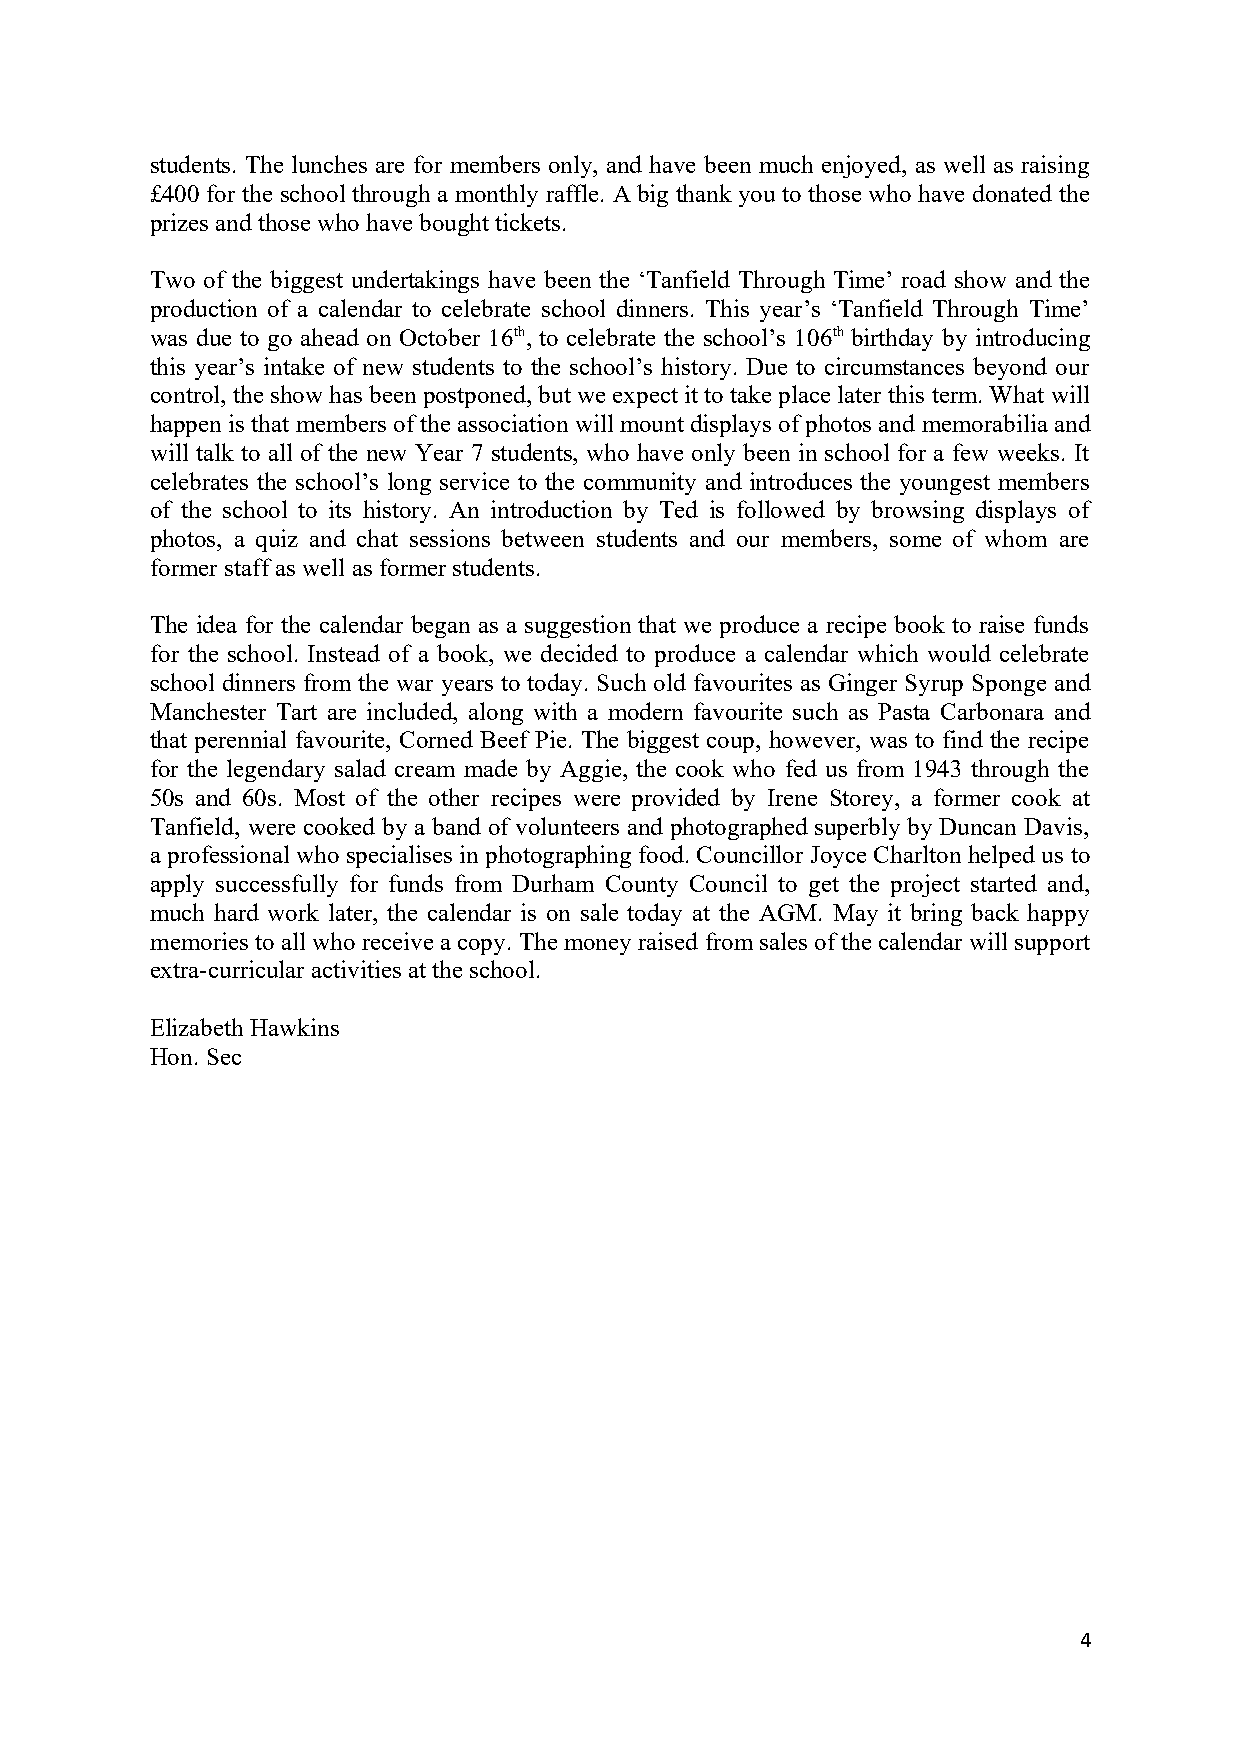
students. The lunches are for members only, and have been much enjoyed, as well as raising
 £400 for the school through a monthly raffle. A big thank you to those who have donated the
 prizes and those who have bought tickets.
 Two of the biggest undertakings have been the ‘Tanfield Through Time’ road show and the
 production of a calendar to celebrate school dinners. This year’s ‘Tanfield Through Time’
 was due to go ahead on October 16th, to celebrate the school’s 106th birthday by introducing
 this year’s intake of new students to the school’s history. Due to circumstances beyond our
 control, the show has been postponed, but we expect it to take place later this term. What will
 happen is that members of the association will mount displays of photos and memorabilia and
 will talk to all of the new Year 7 students, who have only been in school for a few weeks. It
 celebrates the school’s long service to the community and introduces the youngest members
 of the school to its history. An introduction by Ted is followed by browsing displays of
 photos, a quiz and chat sessions between students and our members, some of whom are
 former staff as well as former students.
 The idea for the calendar began as a suggestion that we produce a recipe book to raise funds
 for the school. Instead of a book, we decided to produce a calendar which would celebrate
 school dinners from the war years to today. Such old favourites as Ginger Syrup Sponge and
 Manchester Tart are included, along with a modern favourite such as Pasta Carbonara and
 that perennial favourite, Corned Beef Pie. The biggest coup, however, was to find the recipe
 for the legendary salad cream made by Aggie, the cook who fed us from 1943 through the
 50s and 60s. Most of the other recipes were provided by Irene Storey, a former cook at
 Tanfield, were cooked by a band of volunteers and photographed superbly by Duncan Davis,
 a professional who specialises in photographing food. Councillor Joyce Charlton helped us to
 apply successfully for funds from Durham County Council to get the project started and,
 much hard work later, the calendar is on sale today at the AGM. May it bring back happy
 memories to all who receive a copy. The money raised from sales of the calendar will support
 extra-curricular activities at the school.
 Elizabeth Hawkins
 Hon. Sec
 4